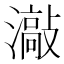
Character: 𱩯